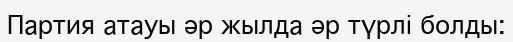
Партия атауы әр жылда әр түрлі болды: